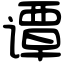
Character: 谭